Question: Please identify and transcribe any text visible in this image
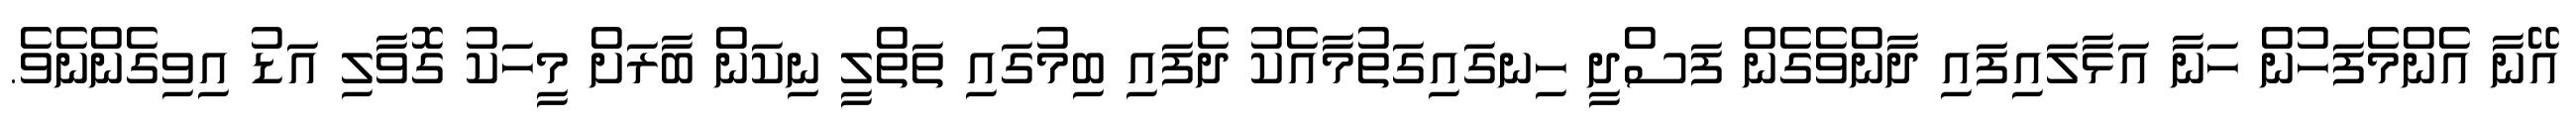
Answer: އޭނާ އެންމެފަހުން ހަނާ އަޅާލައިފައި ދާންވެގެން ފަސްދީ ހިނގައިގަތުމާއެކު ދެފައި ބިމުގައި ތަތްލީ ނިކަން ބާރަށް މީހަކު ގޮވާލި އަޑު އިވިގެންނެވެ.